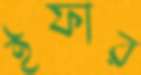
ইফার